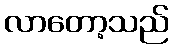
လာတော့သည်